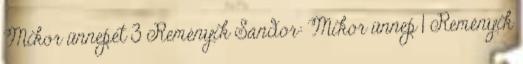
Mikor ünnepet 3 Reményik Sándor: Mikor ünnep 1 Reményik